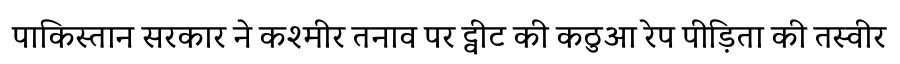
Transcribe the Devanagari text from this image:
पाकिस्तान सरकार ने कश्मीर तनाव पर ट्वीट की कठुआ रेप पीड़िता की तस्वीर